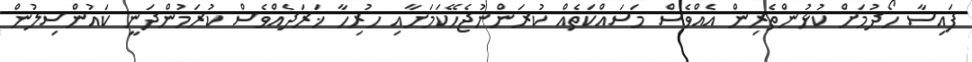
ފައިސާ ހޯދުމަށް ކުޅުންތެރިން އެއްވެސް މަސައްކަތެއް ކުރަންނުޖެހޭކަމަށާއި ހުރިހާ ޚަރަދެއްވެސް ކުރަމުންދަނީ ކައުންސިލުން